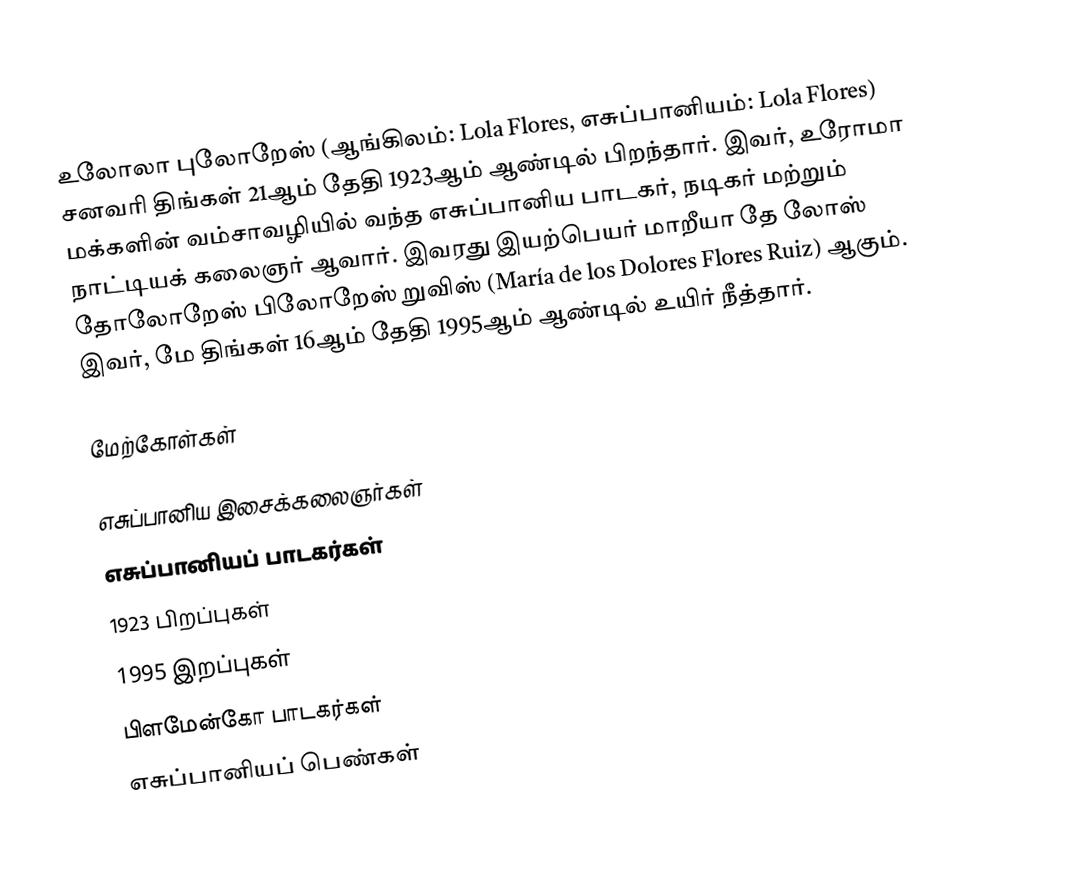
உலோலா புலோறேஸ் (ஆங்கிலம்: Lola Flores, எசுப்பானியம்: Lola Flores) சனவரி திங்கள் 21ஆம் தேதி 1923ஆம் ஆண்டில் பிறந்தார். இவர், உரோமா மக்களின் வம்சாவழியில் வந்த எசுப்பானிய பாடகர், நடிகர் மற்றும் நாட்டியக் கலைஞர் ஆவார். இவரது இயற்பெயர் மாறீயா தே லோஸ் தோலோறேஸ் பிலோறேஸ் றுவிஸ் (María de los Dolores Flores Ruiz) ஆகும். இவர், மே திங்கள் 16ஆம் தேதி 1995ஆம் ஆண்டில் உயிர் நீத்தார்.

மேற்கோள்கள்

எசுப்பானிய இசைக்கலைஞர்கள்
எசுப்பானியப் பாடகர்கள்
1923 பிறப்புகள்
1995 இறப்புகள்
பிளமேன்கோ பாடகர்கள்
எசுப்பானியப் பெண்கள்